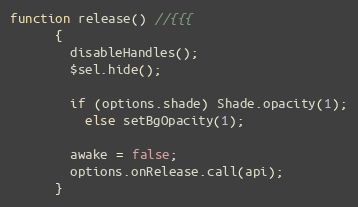
Language: JavaScript
function release() //{{{
      {
        disableHandles();
        $sel.hide();

        if (options.shade) Shade.opacity(1);
          else setBgOpacity(1);

        awake = false;
        options.onRelease.call(api);
      }